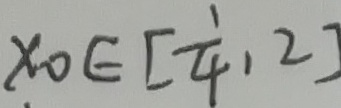
x o E [ \frac { 1 } { 4 } , 2 ]